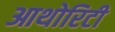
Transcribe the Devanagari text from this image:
आथोरिटी